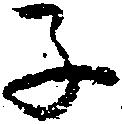
子